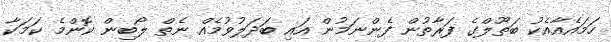
ހަމައެއާއެކު ބަތޫލްގެ ފަރާތުން ފެންނަމުން އައި ބަދަލުވުމެއް ނެތް ލޯބިން ކޮންމެ ކަމަކާ